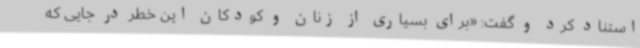
استناد کرد و گفت: «برای بسیاری از زنان و کودکان این خطر در جایی که